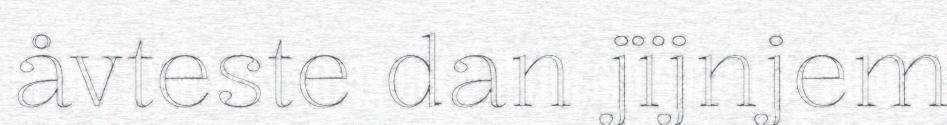
åvteste dan jïjnjem